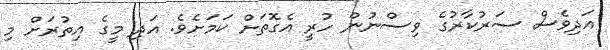
އަދިވެސް ސަރުކާރުގެ ވިސްނުން ހުރީ އެގޮތަށް ކަމަށެވެ. އަދި މީގެ އިތުރަށް މި